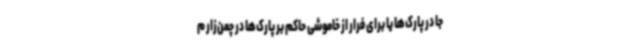
جا در پارک‌ها یا برای فرار از خاموشی حاکم بر پارک‌ها در چمن‌زار م